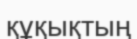
құқықтың